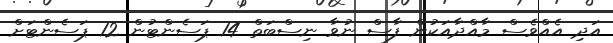
އަދި އެއްވެސް މާއްދާއަކުން ފާސް ނުވާ ނިސްބަތް 14 ޕަސެންޓުން 12 ޕަސެންޓަށް